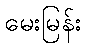
မေးမြန်း